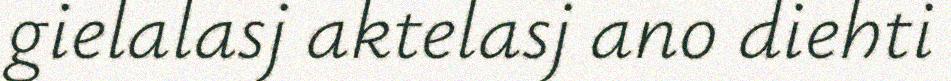
gielalasj aktelasj ano diehti